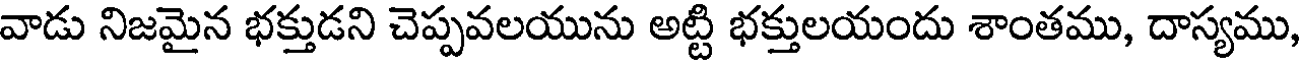
వాడు నిజమైన భక్తుడని చెప్పవలయును అట్టి భక్తులయందు శాంతము, దాస్యము,